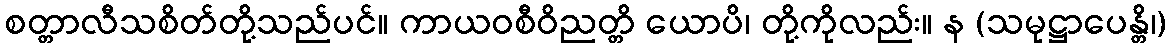
စတ္တာလီသစိတ်တို့သည်ပင်။ ကာယဝစီဝိညတ္တိ ယောပိ၊ တို့ကိုလည်း။ န (သမုဋ္ဌာပေန္တိ၊)